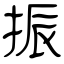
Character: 振